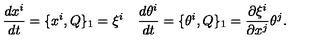
\frac { d x ^ { i } } { d t } = \{ x ^ { i } , Q \} _ { 1 } = \xi ^ { i } \quad \frac { d \theta ^ { i } } { d t } = \{ \theta ^ { i } , Q \} _ { 1 } = \frac { \partial \xi ^ { i } } { \partial x ^ { j } } \theta ^ { j } .